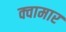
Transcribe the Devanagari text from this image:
क्वामार